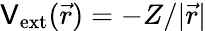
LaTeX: {\mathsf{V}_{\mathrm{{ext}}}(\vec{{r}})=-Z/|\vec{{r}}|}